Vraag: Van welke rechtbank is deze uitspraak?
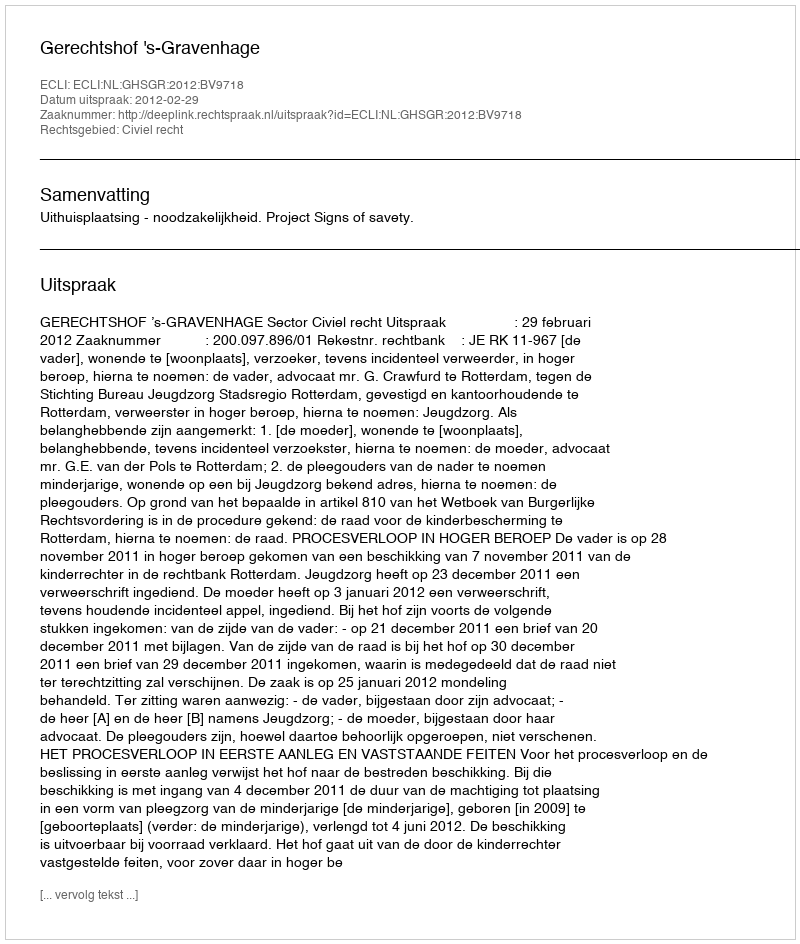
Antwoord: Gerechtshof 's-Gravenhage